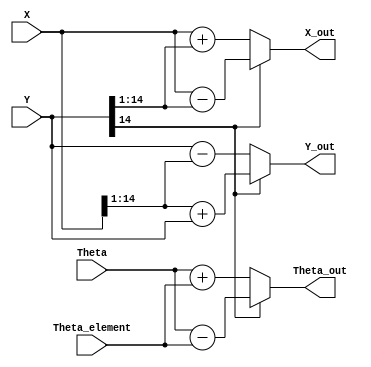
module Unit_Stage_A(
	input signed [15-1:0] X, Y, 
	input signed [16-1:0] Theta, Theta_element, 
	output reg signed [15-1:0] X_out, Y_out, 
	output reg signed [16-1:0] Theta_out
);
	parameter i = 1;
	
	reg u;
	// u = -sgn(Y), u=1 for negative, u=0 for positive
	always @(*) begin
		if (Y[14] == 0) // Y >= 0
			u = 1'b1;
		else
			u = 1'b0;
	end
	
	reg signed [15-1:0] X_s, Y_s;
	always @(*) begin
		// Arithmetic right shift
		X_s = X >>> i;
		Y_s = Y >>> i;
		
		// u is positive
		if (u == 0) begin
			X_out = X - Y_s;
			Y_out = X_s + Y;
			Theta_out = Theta - Theta_element;
		end
		// u is negative
		else begin
			X_out = X + Y_s;
			Y_out = Y - X_s;
			Theta_out = Theta + Theta_element;
		end
	end

endmodule